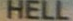
HELL